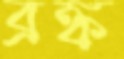
ব্রঙ্ক